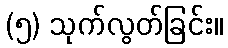
(၅) သုက်လွတ်ခြင်း။